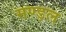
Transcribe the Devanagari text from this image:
मण्ड़ल